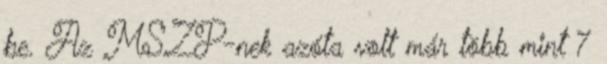
be. Az MSZP-nek azóta volt már több mint 7